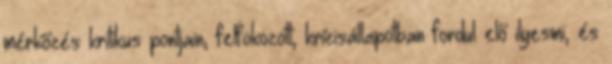
mérkőzés kritikus pontjain, felfokozott, krízisállapotban fordul elő ilyesmi, és